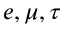
e , \mu , \tau